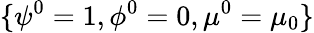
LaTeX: \{ \psi^{0}=1,\phi^{0}=0,\mu^{0}=\mu_{0}\}